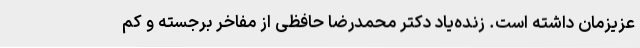
عزیزمان داشته است. زنده‌یاد دکتر محمدرضا حافظی از مفاخر برجسته و کم